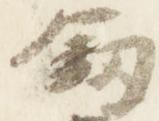
剣